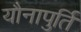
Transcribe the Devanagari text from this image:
यौनापुर्ति